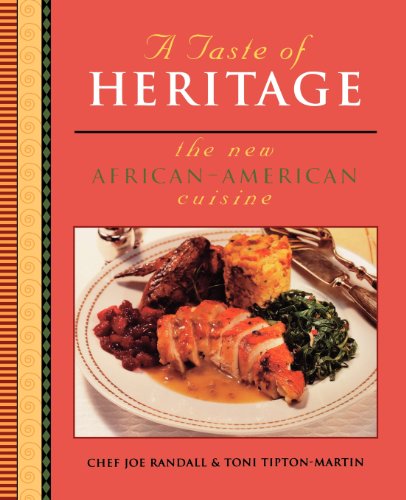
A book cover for A Taste of Heritage: The New African American Cuisine; Toni Tipton-Martin; Cookbooks, Food & Wine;